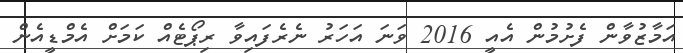
އަމާޒުވާން ފެށުމުން އެއީ 2016 ވަނަ އަހަރު ނެރެފައިވާ ރިޕޯޓެއް ކަމަށް އެމްޑީއެން